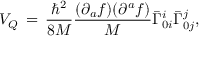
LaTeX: V _ { Q } \, = \, \frac { { \hbar } ^ { 2 } } { 8 M } \frac { ( \partial _ { a } f ) ( \partial ^ { a } f ) } { M } { \bar { \Gamma } } _ { 0 i } ^ { i } { \bar { \Gamma } } _ { 0 j } ^ { j } ,